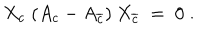
LaTeX: X _ { c } \; ( A _ { c } - A _ { \overline { { { c } } } } ) \: X _ { \overline { { { c } } } } \; = \; 0 \; .